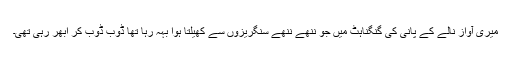
میری آواز نالے کے پانی کی گنگناہٹ میں جو ننھے ننھے سنگریزوں سے کھیلتا ہوا بہہ رہا تھا ڈوب ڈوب کر اُبھر رہی تھی۔